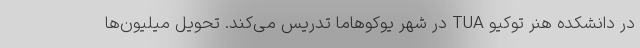
در دانشکده هنر توکیو TUA در شهر یوکوهاما تدریس می‌کند. تحویل میلیون‌ها